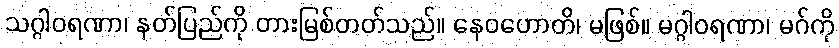
သဂ္ဂါဝရဏာ၊ နတ်ပြည်ကို တားမြစ်တတ်သည်။ နေဝဟောတိ၊ မဖြစ်။ မဂ္ဂါဝရဏာ၊ မဂ်ကို